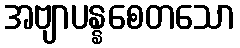
အဗျာပန္နစေတသော